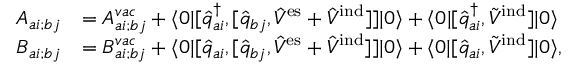
\begin{array} { r l } { A _ { a i ; b j } } & { = A _ { a i ; b j } ^ { v a c } + \langle 0 \vert [ \hat { q } _ { a i } ^ { \dagger } , [ \hat { q } _ { b j } , \hat { V } ^ { \mathrm { e s } } + \hat { V } ^ { \mathrm { i n d } } ] ] \vert 0 \rangle + \langle 0 \vert [ \hat { q } _ { a i } ^ { \dagger } , \tilde { V } ^ { \mathrm { i n d } } ] \vert 0 \rangle } \\ { B _ { a i ; b j } } & { = B _ { a i ; b j } ^ { v a c } + \langle 0 \vert [ \hat { q } _ { a i } , [ \hat { q } _ { b j } , \hat { V } ^ { \mathrm { e s } } + \hat { V } ^ { \mathrm { i n d } } ] ] \vert 0 \rangle + \langle 0 \vert [ \hat { q } _ { a i } , \tilde { V } ^ { \mathrm { i n d } } ] \vert 0 \rangle , } \end{array}